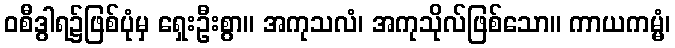
ဝစီဒွါရ၌ဖြစ်ပုံမှ ရှေးဦးစွာ။ အကုသလံ၊ အကုသိုလ်ဖြစ်သော။ ကာယကမ္မံ၊